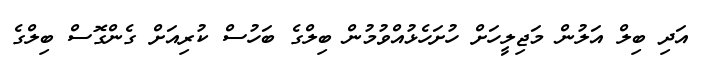
އަދި ބިލް އަލުން މަޖިލީހަށް ހުށަހެޅުއްވުމުން ބިލްގެ ބަހުސް ކުރިއަށް ގެންގޮސް ބިލްގެ